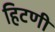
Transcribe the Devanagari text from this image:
हिटणी